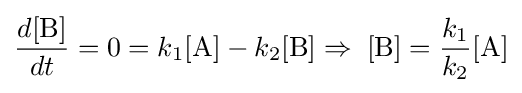
{\frac {d[{\ce {B}}]}{dt}}=0=k_{1}[{\ce {A}}]-k_{2}[{\ce {B}}]\Rightarrow \;[{\ce {B}}]={\frac {k_{1}}{k_{2}}}[{\ce {A}}]